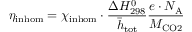
\eta _ { \mathrm { i n h o m } } = \chi _ { \mathrm { i n h o m } } \cdot \frac { \Delta H _ { \mathrm { 2 9 8 } } ^ { \mathrm { 0 } } } { \bar { h } _ { \mathrm { t o t } } } \frac { e \cdot N _ { \mathrm { A } } } { M _ { \mathrm { C O 2 } } }